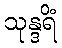
သုန္ဒရိံ